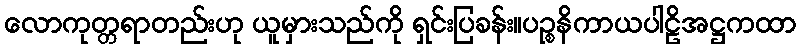
လောကုတ္တရာတည်းဟု ယူမှားသည်ကို ရှင်းပြခန်း။ပဉ္စနိကာယပါဠိအဋ္ဌကထာ